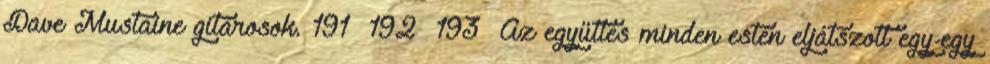
Dave Mustaine gitárosok. 191 192 193 Az együttes minden estén eljátszott egy-egy